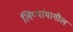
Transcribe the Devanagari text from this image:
लिप्यांमागील